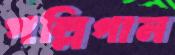
পল্লিগান